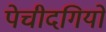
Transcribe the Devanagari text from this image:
पेचीदगियों